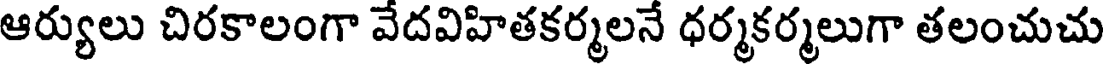
ఆర్యులు చిరకాలంగా వేదవిహితకర్మలనే ధర్మకర్మలుగా తలంచుచు